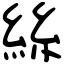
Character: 絲